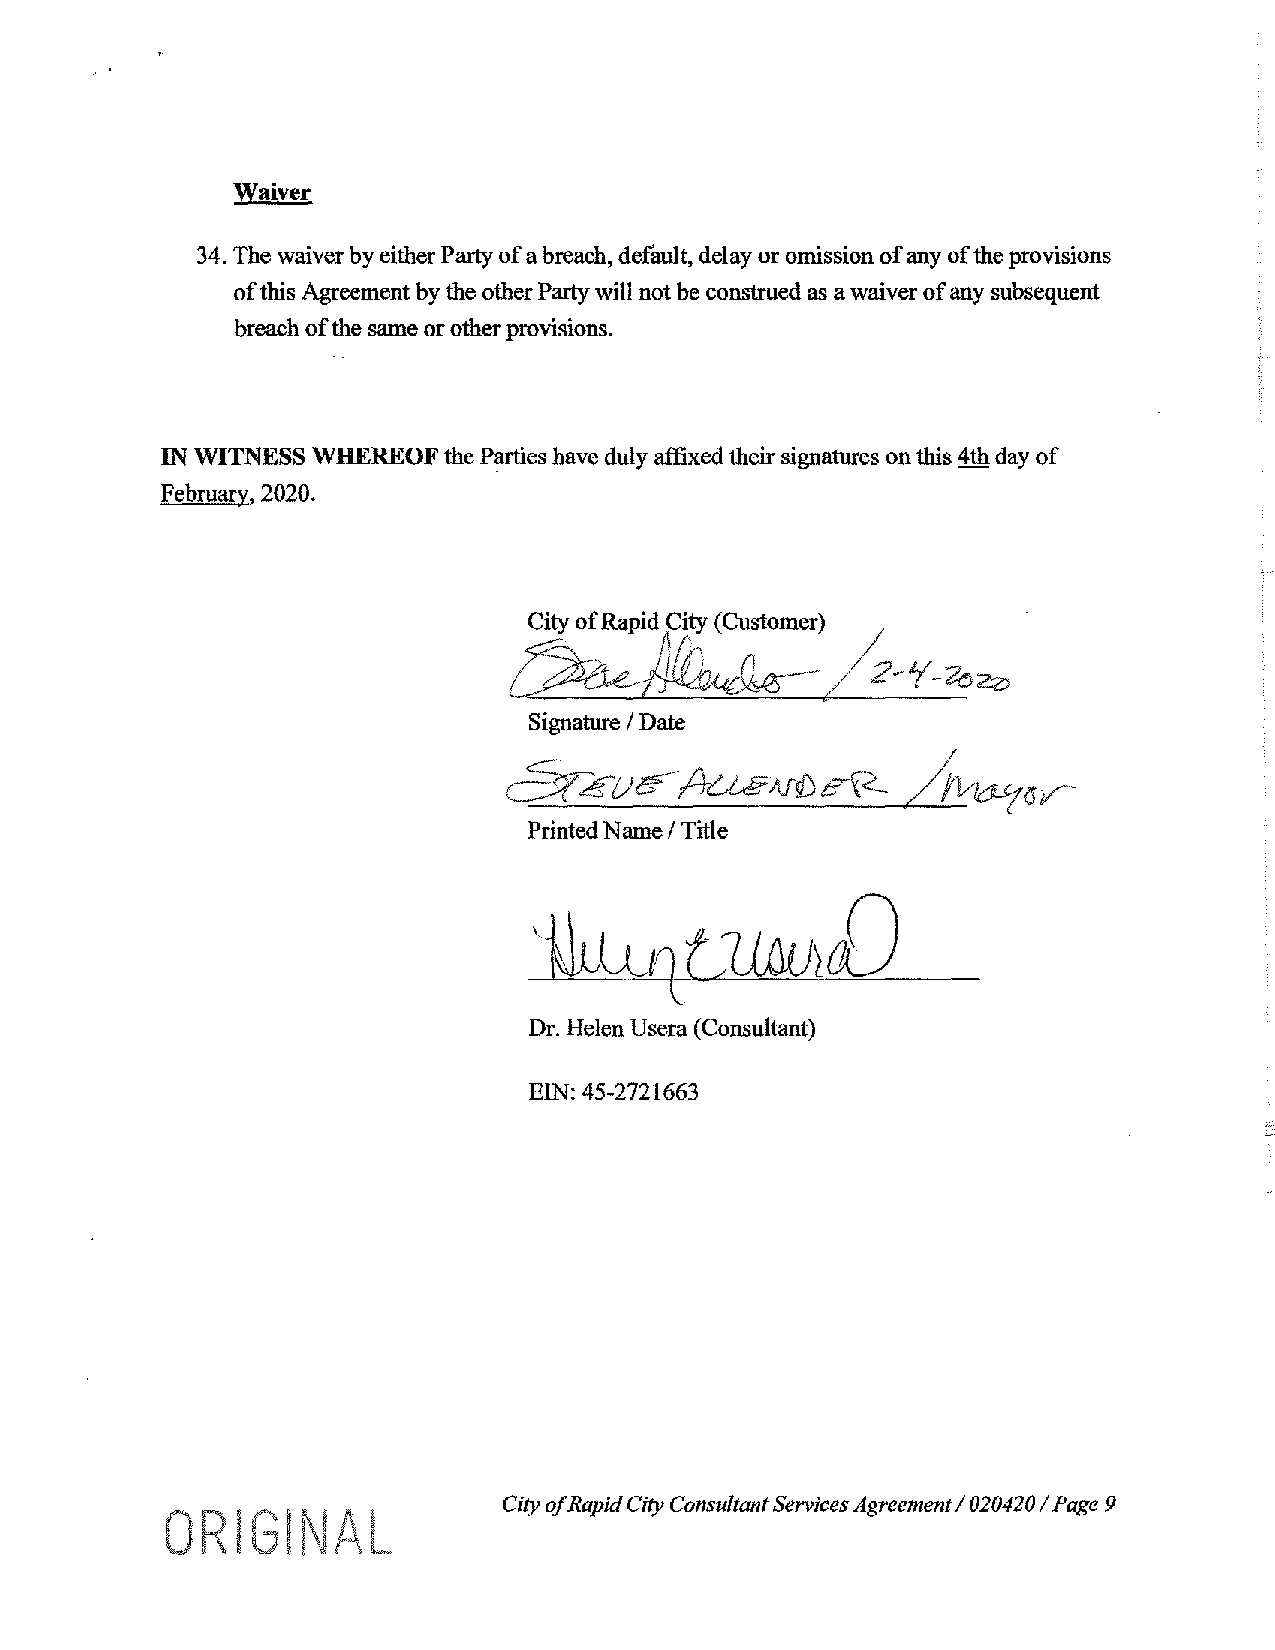
Waiver
 34. The waiver by either Party of a breach, default, delay or omission of any of the provisions
 of this Agreement by the other Party will not be construed as a waiver of any subsequent
 breach of the same or other provisions.
 IN WITNESS WHEREOF the Parties have duly affixed their signatures on this 4th day of
 February, 2020.
 City of Rapid City (Customer)~
 ~
 2-1/-2'o2z;,
 Signature / Date
 c3r'eve--~w
 ~rsr
 tT~   /
 Printed Name / Title
 \..
 Dr. Helen Usera (Consultant)
 EIN: 45-2721663
 City ofR apid City Consultant Services Agreement I 020420 I Page 9